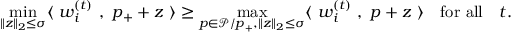
\operatorname* { m i n } _ { \| { \boldsymbol z } \| _ { 2 } \le \sigma } \langle ~ { \boldsymbol w } _ { i } ^ { ( t ) } ~ , ~ { \boldsymbol p } _ { + } + { \boldsymbol z } ~ \rangle \ge \operatorname* { m a x } _ { { \boldsymbol p } \in \mathcal { P } / { \boldsymbol p } _ { + } , \| { \boldsymbol z } \| _ { 2 } \le \sigma } \langle ~ { \boldsymbol w } _ { i } ^ { ( t ) } ~ , ~ { \boldsymbol p } + { \boldsymbol z } ~ \rangle \quad \mathrm { f o r ~ a l l } \quad t .